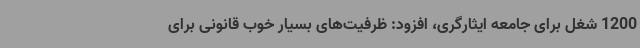
1200 شغل برای جامعه ایثارگری، افزود: ظرفیت‌های بسیار خوب قانونی برای